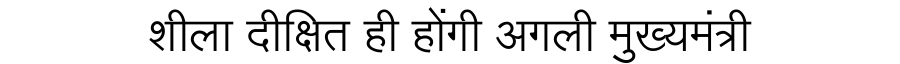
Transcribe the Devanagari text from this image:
शीला दीक्षित ही होंगी अगली मुख्यमंत्री